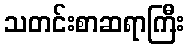
သတင်းစာဆရာကြီး